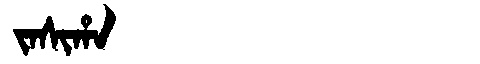
Manchu: ᠵᠠᠰᡳᡥᠠ
Romanization: JASIHA